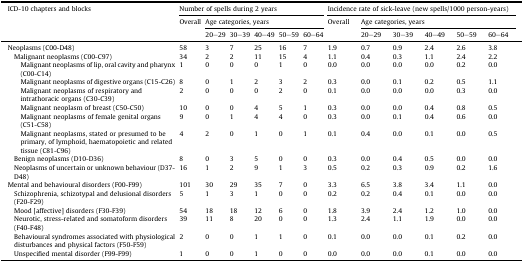
<table><thead><tr><td rowspan="3"><b>ICD-10 chapters and blocks</b></td><td colspan="6"><b>Number of spells during 2 years</b></td><td colspan="6"><b>Incidence rate of sick-leave (new spells/1000 person-years)</b></td></tr><tr><td rowspan="2"><b>Overall</b></td><td colspan="5"><b>Age categories, years</b></td><td rowspan="2"><b>Overall</b></td><td colspan="5"><b>Age categories, years</b></td></tr><tr><td><b>20–29</b></td><td><b>30–39</b></td><td><b>40–49</b></td><td><b>50–59</b></td><td><b>60–64</b></td><td><b>20–29</b></td><td><b>30–39</b></td><td><b>40–49</b></td><td><b>50–59</b></td><td><b>60–64</b></td></tr></thead><tbody><tr><td>Neoplasms (C00-D48)</td><td>58</td><td>3</td><td>7</td><td>25</td><td>16</td><td>7</td><td>1.9</td><td>0.7</td><td>0.9</td><td>2.4</td><td>2.6</td><td>3.8</td></tr><tr><td> Malignant neoplasms (C00-C97)</td><td>34</td><td>2</td><td>2</td><td>11</td><td>15</td><td>4</td><td>1.1</td><td>0.4</td><td>0.3</td><td>1.1</td><td>2.4</td><td>2.2</td></tr><tr><td>Malignant neoplasms of lip, oral cavity and pharynx (C00-C14)</td><td>1</td><td>0</td><td>0</td><td>0</td><td>1</td><td>0</td><td>0.0</td><td>0.0</td><td>0.0</td><td>0.0</td><td>0.2</td><td>0.0</td></tr><tr><td>Malignant neoplasms of digestive organs (C15-C26)</td><td>8</td><td>0</td><td>1</td><td>2</td><td>3</td><td>2</td><td>0.3</td><td>0.0</td><td>0.1</td><td>0.2</td><td>0.5</td><td>1.1</td></tr><tr><td>Malignant neoplasms of respiratory and intrathoracic organs (C30-C39)</td><td>2</td><td>0</td><td>0</td><td>0</td><td>2</td><td>0</td><td>0.1</td><td>0.0</td><td>0.0</td><td>0.0</td><td>0.3</td><td>0.0</td></tr><tr><td>Malignant neoplasm of breast (C50-C50)</td><td>10</td><td>0</td><td>0</td><td>4</td><td>5</td><td>1</td><td>0.3</td><td>0.0</td><td>0.0</td><td>0.4</td><td>0.8</td><td>0.5</td></tr><tr><td>Malignant neoplasms of female genital organs (C51-C58)</td><td>9</td><td>0</td><td>1</td><td>4</td><td>4</td><td>0</td><td>0.3</td><td>0.0</td><td>0.1</td><td>0.4</td><td>0.6</td><td>0.0</td></tr><tr><td>Malignant neoplasms, stated or presumed to be primary, of lymphoid, haematopoietic and related tissue (C81-C96)</td><td>4</td><td>2</td><td>0</td><td>1</td><td>0</td><td>1</td><td>0.1</td><td>0.4</td><td>0.0</td><td>0.1</td><td>0.0</td><td>0.5</td></tr><tr><td> Benign neoplasms (D10-D36)</td><td>8</td><td>0</td><td>3</td><td>5</td><td>0</td><td>0</td><td>0.3</td><td>0.0</td><td>0.4</td><td>0.5</td><td>0.0</td><td>0.0</td></tr><tr><td> Neoplasms of uncertain or unknown behaviour (D37-D48)</td><td>16</td><td>1</td><td>2</td><td>9</td><td>1</td><td>3</td><td>0.5</td><td>0.2</td><td>0.3</td><td>0.9</td><td>0.2</td><td>1.6</td></tr><tr><td>Mental and behavioural disorders (F00-F99)</td><td>101</td><td>30</td><td>29</td><td>35</td><td>7</td><td>0</td><td>3.3</td><td>6.5</td><td>3.8</td><td>3.4</td><td>1.1</td><td>0.0</td></tr><tr><td> Schizophrenia, schizotypal and delusional disorders (F20-F29)</td><td>5</td><td>1</td><td>3</td><td>1</td><td>0</td><td>0</td><td>0.2</td><td>0.2</td><td>0.4</td><td>0.1</td><td>0.0</td><td>0.0</td></tr><tr><td> Mood [affective] disorders (F30-F39)</td><td>54</td><td>18</td><td>18</td><td>12</td><td>6</td><td>0</td><td>1.8</td><td>3.9</td><td>2.4</td><td>1.2</td><td>1.0</td><td>0.0</td></tr><tr><td> Neurotic, stress-related and somatoform disorders (F40-F48)</td><td>39</td><td>11</td><td>8</td><td>20</td><td>0</td><td>0</td><td>1.3</td><td>2.4</td><td>1.1</td><td>1.9</td><td>0.0</td><td>0.0</td></tr><tr><td> Behavioural syndromes associated with physiological disturbances and physical factors (F50-F59)</td><td>2</td><td>0</td><td>0</td><td>1</td><td>1</td><td>0</td><td>0.1</td><td>0.0</td><td>0.0</td><td>0.1</td><td>0.2</td><td>0.0</td></tr><tr><td> Unspecified mental disorder (F99-F99)</td><td>1</td><td>0</td><td>0</td><td>1</td><td>0</td><td>0</td><td>0.0</td><td>0.0</td><td>0.0</td><td>0.1</td><td>0.0</td><td>0.0</td></tr></tbody></table>